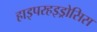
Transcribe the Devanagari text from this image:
हाइपरहइड्रोसिस